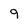
Character: q